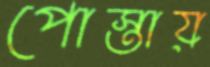
পোস্তায়